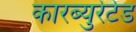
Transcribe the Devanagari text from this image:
कारब्युरेटेड